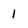
Character: 1